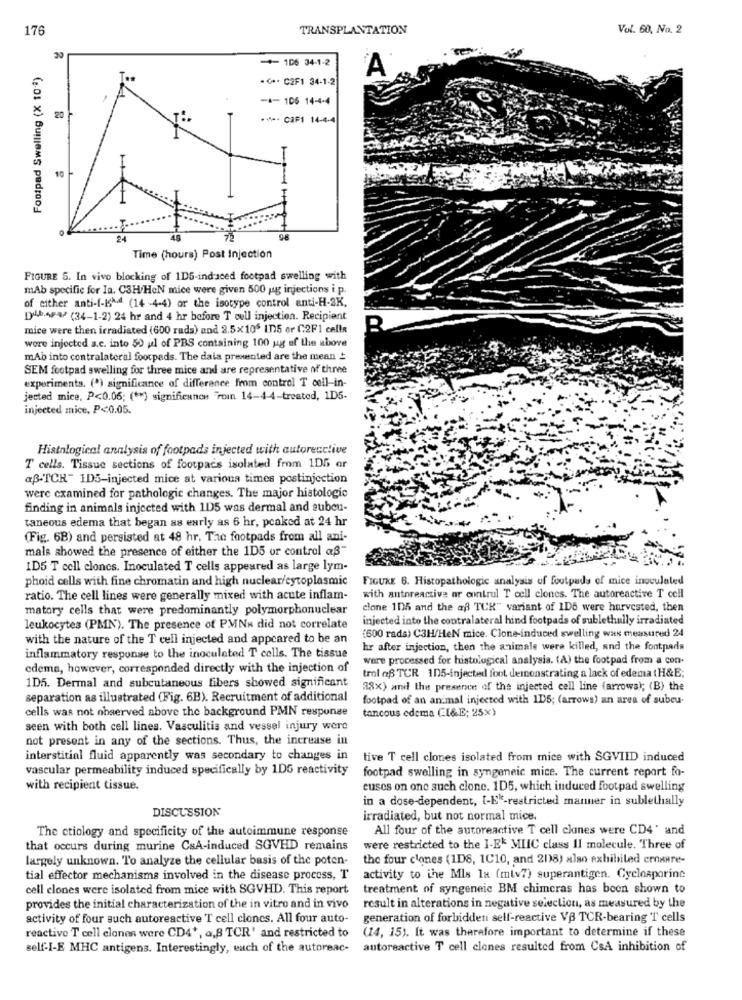
176
TRANSPLANTATION
Vol. 60, No. 2
+106 34-1-2
Footpad Swelling (X 10-2)
A
. C. C2F1 34-1-2
-4-106 14-4-4
20
***- CIF1 14-4-4
10
Time (hours) Post Injection
FIGURE 5. In vivo blocking of 1D5-induced footpad swelling with
mAb specific for Ia. C3H/HoN mice were given 500 ug injections i.p.
of either anti-[-jhd (14 -4-4) or the isotype control anti-H-2K,
D4d.4PM (34-1-2) 24 hr and 4 hr before T cell injection. Recipient
mice were then irradiated (600 rads) and 2.5x108 115 or C2F1 calls
wore injected a.c. into 50 ul of PBS containing 100 ug of the above
mAb into contralateral foorpads. The dala prevented are the mean +
SEM footpad swelling for three mice and are representative of three
experiments. (2) significance of difference from control T cell-in-
jected mice, P<0.06; ( ** ) significunen "rom 14-4-4-treated, 1D5.
injected mice, P<0.05.
Histological analysis of footpads injected with autorenclive
T cells. Tissue sections of footpacs isolated from 1D5 or
aß-TCH- 1D5-injected mice at various times postinjection
were cxamined for pathologic changes. The major histologic
finding in animals injected with 105 was dermal and subeu-
taneous edema that began as early as 6 hr, peaked at 24 hr
(Fig. 6B) and persisted at 48 hr. Tac footpads from all ani-
mals showed the presence of either the 1D5 or control as"
ID5 T cell clones. Inoculated T cells appeared as large lym-
phoid cells with fine chromatin and high nuclear/cytoplasmic
FIGURE 6. Histopathologic analysis of foutpads of mice inoculated
ratio. The cell lines were generally mixed with acute inflam-
with autoreactive ar ountrul T cell clones. The autoreactive T cell
matory cells that were predominantly polymorphonuclear
clone 105 and the af TCR" variant of 1Db were harvested, then
injected into the contralateral hind footpads of sublethully irradiated
leukocytes (PMN). The presence of PMNs did not correlate
with the nature of the T cell injected and appeared to be an
(600 rads) C3H/HeN mice. Clone-induced swelling was measured 24
hr after injection, then the animals were killed, and the fontpada
inflammatory response to the inoculated T cells. The tissue
were processed for histological analysis. (A) the footpad from a con-
edema, however, corresponded directly with the injection of
tml af TCR 105-injected foot demonstrating a lack of edema (H&E;
1D5. Dermal and subcutaneous fibers showed significant
28x) and the presence of the injected cell line (arrows); (B) the
separation as illustrated (Fig. 6B). Recruitment of additional
footpad of an animal injected with 1D5; (arrows) an area of subeu-
cells was not observed above the background PMN response
tancous edema (I&E; 25X)
seen with both cell lines. Vasculitis and vessel injury were
not present in any of the sections. Thus, the increase in
interstitial fluid apparently was secondary to changes in
tive T cell clones isolated from mice with SGVIID induced
vascular permeability induced specifically by 1D6 reactivity
footpad swelling in syngeneic mice. The current report fo-
with recipient tissue.
euses on one such clone. 1D5, which induced footpad swelling
in a dose-dependent, [-Ek-restricted manner in sublethally
DISCUSSION
irradiated, but not normal mice.
The ctiology and specificity of the autoimmune response
All four of the autoreactive T cell clanes were CD4' and
that occurs during murine CsA-induced SQVHD remains
were restricted to the I-Ek MIIC class Il molecule. Three of
largely unknown. To analyze the cellular basis of the poten-
the four clones (1D6, 1C10, and 21)8) also exhibited crowere-
tial effector mechanisms involved in the disease process, T
activity to the Mis 1x (mtv7) superantigen. Cyclosporine
cell clones were isolated from mice with SGVHD. This report
treatment of syngeneic BM chimeras has been shown to
provides the initial characterization of the in vitro and in vivo
result in alterations in negative selection, as measured by the
activity of four such autoreactive T cell cloncs. All four auto-
generation of forbidden self-reactive VB TCR-bearing T cells
(14, 15). It was therefore important to determine if these
reactive T cell elanes were CD4+, a,B TCR' and restricted to
self-I-E MHC antigens. Interestingly, euch of the autoreac-
autoreactive T cell clones resulted from CsA inhibition of